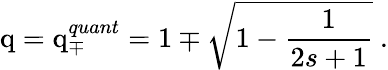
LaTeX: \mathrm{q}=\mathrm{q}_{\mp}^{quant}=1\mp\sqrt{1-\frac{1}{2s+1}}\ .